Vaccination report Assam 1874-1896 - 1874-1896
Year: 1874
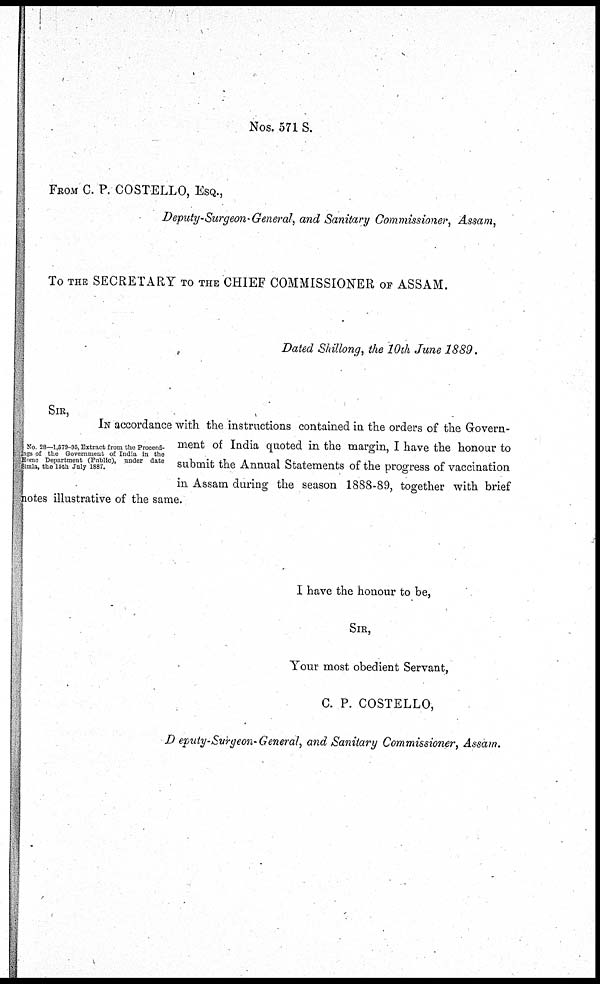
Nos. 571 S.
FROM C. P. COSTELLO, ESQ.,
Deputy-Surgeon-General, and Sanitary Commissioner, Assam,
To THE SECRETARY TO THE CHIEF COMMISSIONER OF ASSAM.
Dated Shillong, the 10th June 1889.
No. 28—1,579-95, Extract from the Proceed-
ings of the Government of India in the
Home Department (Public), under date
Simla, the 15th July 1887.
SIR,
IN accordance with the instructions contained in the orders of the Govern-
ment of India quoted in the margin, I have the honour to
submit the Annual Statements of the progress of vaccination
in Assam during the season 1888-89, together with brief
notes illustrative of the same.
I have the honour to be,
SIR,
Your most obedient Servant,
C. P. COSTELLO,
Deputy-Surgeon-General, and Sanitary Commissioner, Assam.